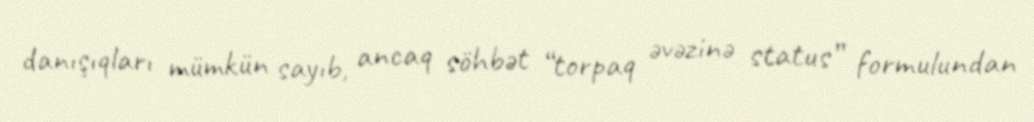
danışıqları mümkün sayıb, ancaq söhbət “torpaq əvəzinə status” formulundan